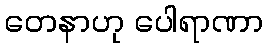
တေနာဟု ပေါရာဏာ